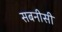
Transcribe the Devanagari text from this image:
सबनीसी